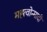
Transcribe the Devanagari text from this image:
मह्त्वोन्मादी